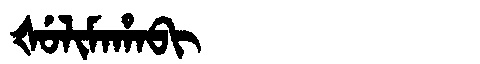
Manchu: ᡧᡠᠯᡳᠮᠠᡥᠠᠪᡳ
Romanization: ŠULIMAHABI